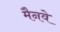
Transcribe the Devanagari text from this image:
मैनवे